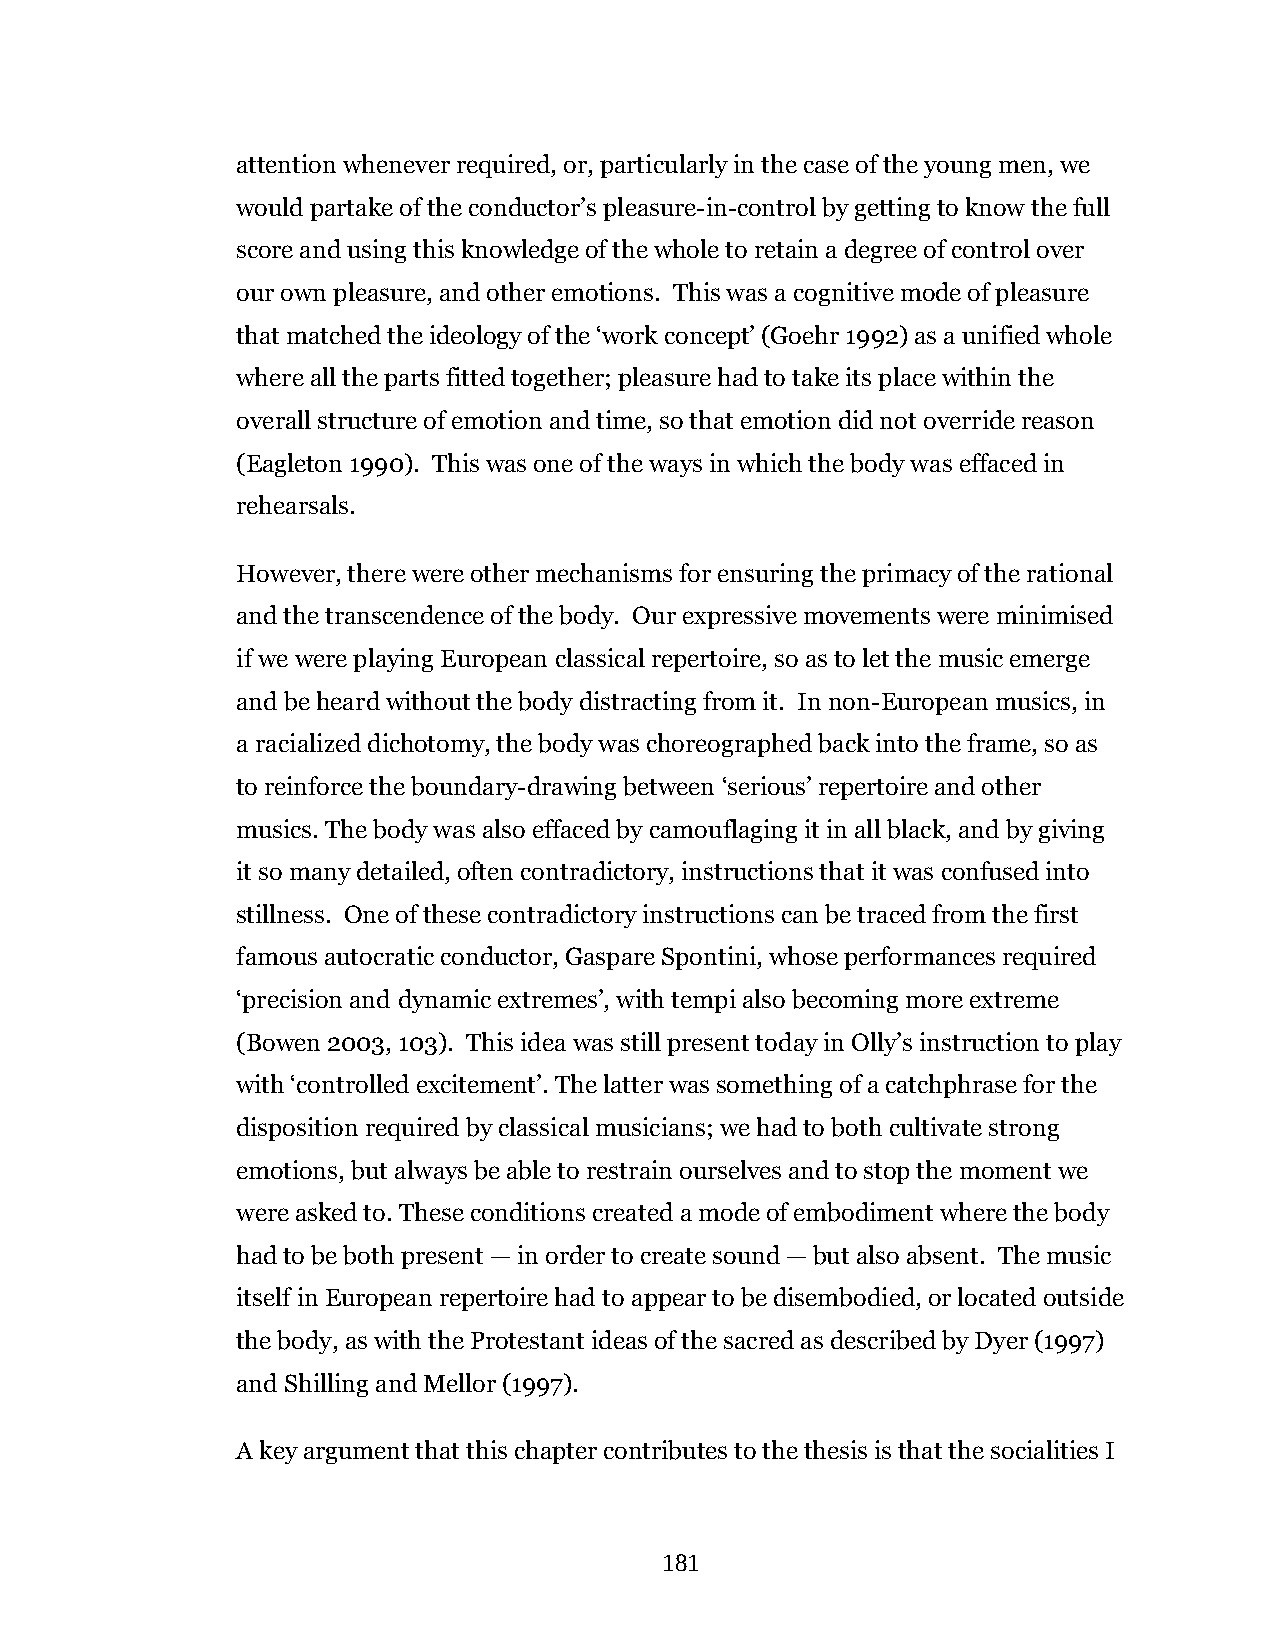
attention whenever required, or, particularly in the case of the young men, we
 would partake of the conductor’s pleasure-in-control by getting to know the full
 score and using this knowledge of the whole to retain a degree of control over
 our own pleasure, and other emotions. This was a cognitive mode of pleasure
 that matched the ideology of the ‘work concept’ (Goehr 1992) as a unified whole
 where all the parts fitted together; pleasure had to take its place within the
 overall structure of emotion and time, so that emotion did not override reason
 (Eagleton 1990). This was one of the ways in which the body was effaced in
 rehearsals.
 However, there were other mechanisms for ensuring the primacy of the rational
 and the transcendence of the body. Our expressive movements were minimised
 if we were playing European classical repertoire, so as to let the music emerge
 and be heard without the body distracting from it. In non-European musics, in
 a racialized dichotomy, the body was choreographed back into the frame, so as
 to reinforce the boundary-drawing between ‘serious’ repertoire and other
 musics. The body was also effaced by camouflaging it in all black, and by giving
 it so many detailed, often contradictory, instructions that it was confused into
 stillness. One of these contradictory instructions can be traced from the first
 famous autocratic conductor, Gaspare Spontini, whose performances required
 ‘precision and dynamic extremes’, with tempi also becoming more extreme
 (Bowen 2003, 103). This idea was still present today in Olly’s instruction to play
 with ‘controlled excitement’. The latter was something of a catchphrase for the
 disposition required by classical musicians; we had to both cultivate strong
 emotions, but always be able to restrain ourselves and to stop the moment we
 were asked to. These conditions created a mode of embodiment where the body
 had to be both present — in order to create sound — but also absent. The music
 itself in European repertoire had to appear to be disembodied, or located outside
 the body, as with the Protestant ideas of the sacred as described by Dyer (1997)
 and Shilling and Mellor (1997).
 A key argument that this chapter contributes to the thesis is that the socialities I
 181